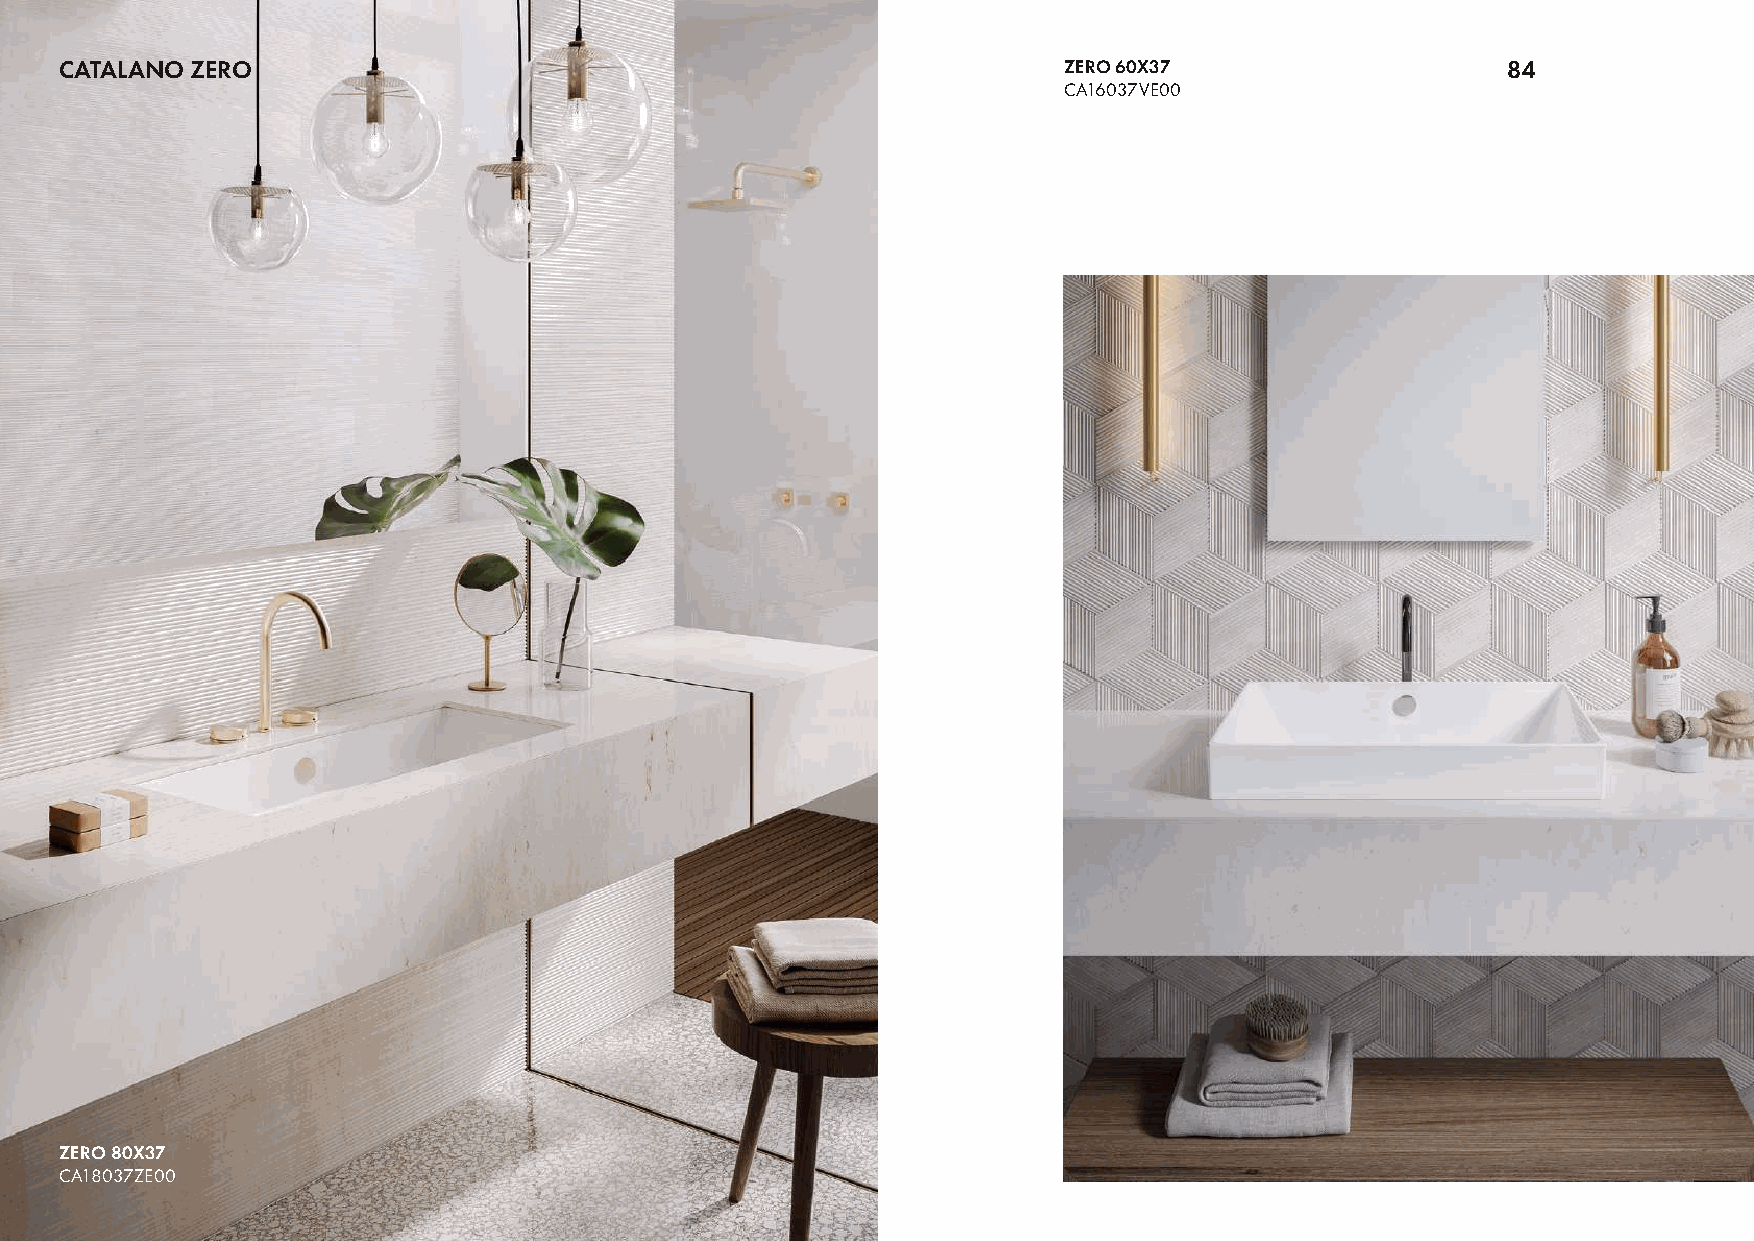
CATALANO ZERO                                                     ZERO 60X37                    84
 CA16037VE00
 ZERO 80X37
 CA18037ZE00